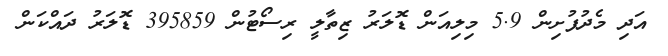
އަދި މެދުފުށިން 5.9 މިލިއަން ޑޮލަރު ޒިތާލީ ރިސޯޓުން 395859 ޑޮލަރު ދައްކަން